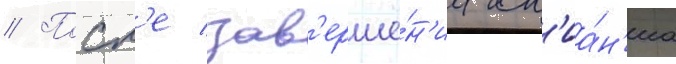
// Посл'е зав'ерше́н'иа сл'иа́н'иа